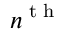
n ^ { \textnormal { t h } }